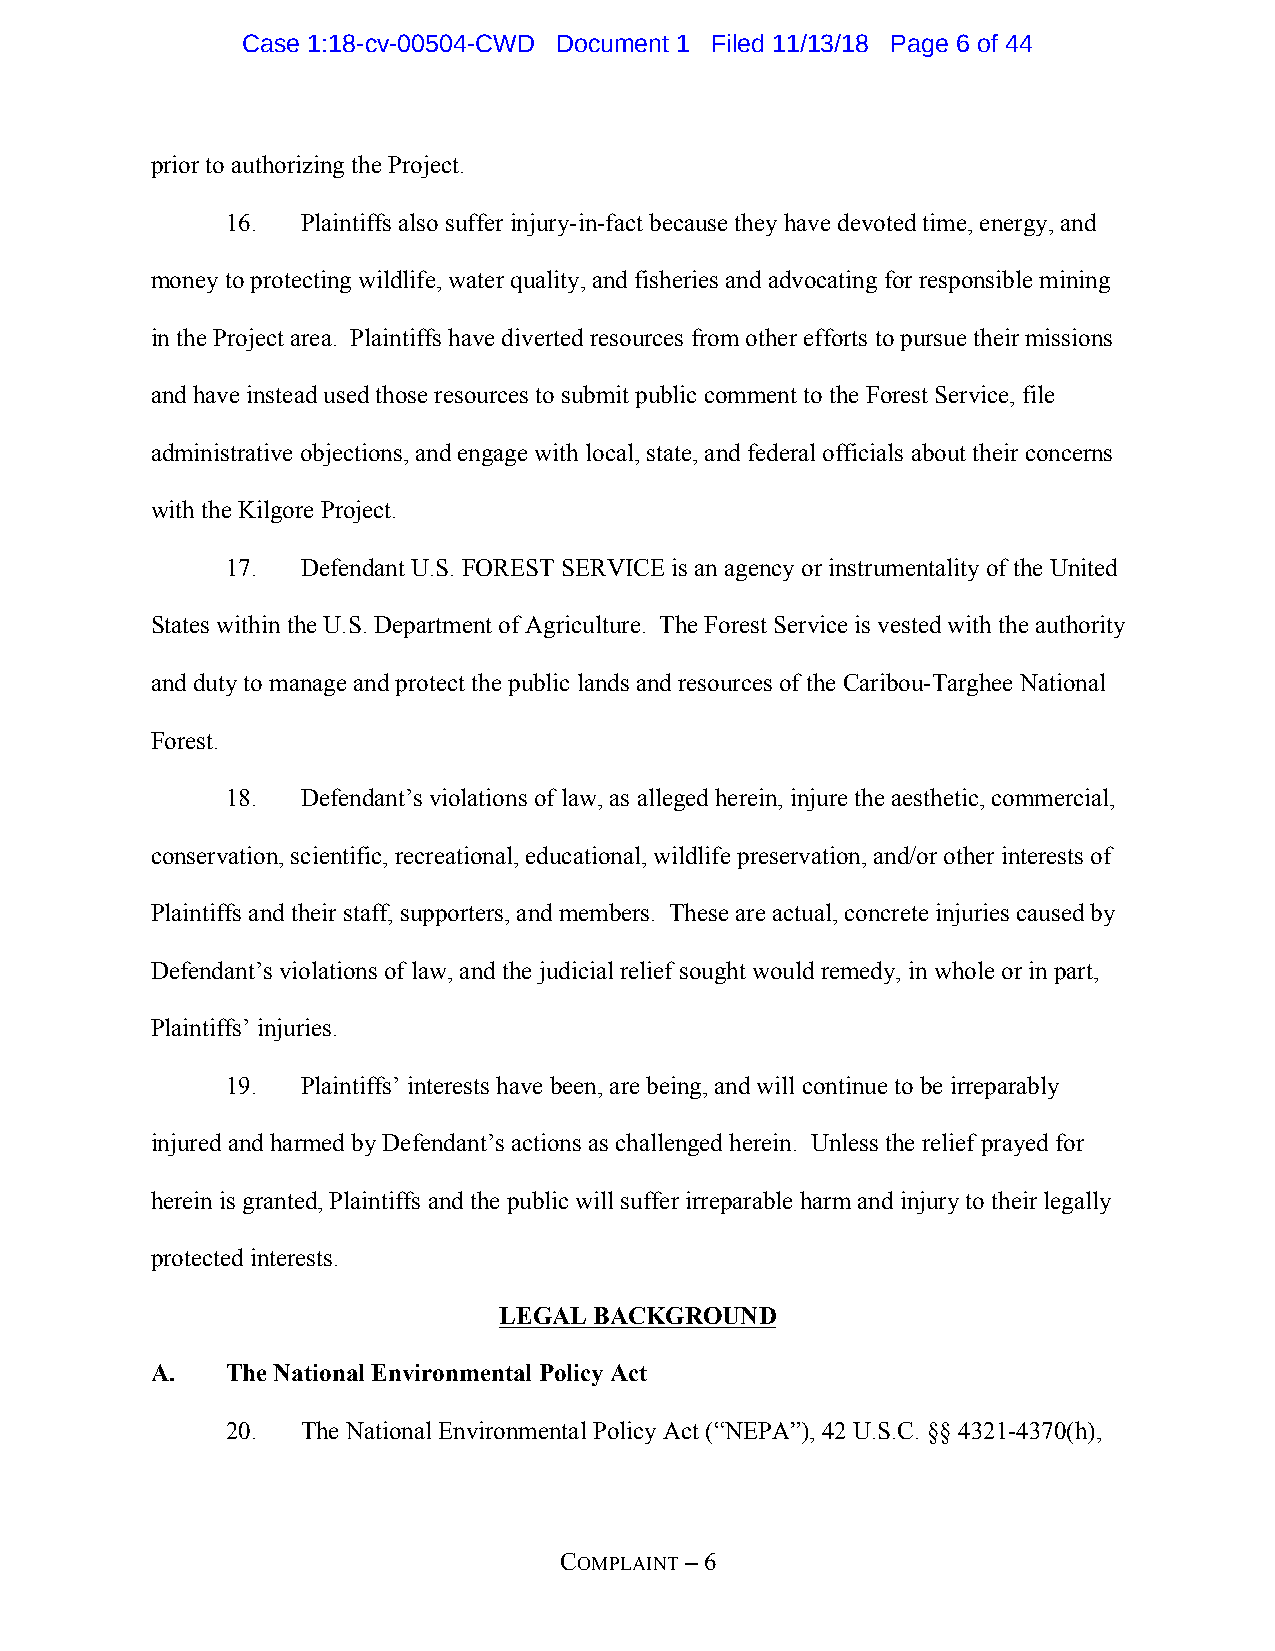
Case 1:18-cv-00504-CWD Document 1 Filed 11/13/18 Page 6 of 44
 prior to authorizing the Project.
 16.  Plaintiffs also suffer injury-in-fact because they have devoted time, energy, and
 money to protecting wildlife, water quality, and fisheries and advocating for responsible mining
 in the Project area. Plaintiffs have diverted resources from other efforts to pursue their missions
 and have instead used those resources to submit public comment to the Forest Service, file
 administrative objections, and engage with local, state, and federal officials about their concerns
 with the Kilgore Project.
 17.  Defendant U.S. FOREST SERVICE is an agency or instrumentality of the United
 States within the U.S. Department of Agriculture. The Forest Service is vested with the authority
 and duty to manage and protect the public lands and resources of the Caribou-Targhee National
 Forest.
 18.  Defendant’s violations of law, as alleged herein, injure the aesthetic, commercial,
 conservation, scientific, recreational, educational, wildlife preservation, and/or other interests of
 Plaintiffs and their staff, supporters, and members. These are actual, concrete injuries caused by
 Defendant’s violations of law, and the judicial relief sought would remedy, in whole or in part,
 Plaintiffs’ injuries.
 19.  Plaintiffs’ interests have been, are being, and will continue to be irreparably
 injured and harmed by Defendant’s actions as challenged herein. Unless the relief prayed for
 herein is granted, Plaintiffs and the public will suffer irreparable harm and injury to their legally
 protected interests.
 LEGAL BACKGROUND
 A.   The National Environmental Policy Act
 20.  The National Environmental Policy Act (“NEPA”), 42 U.S.C. §§ 4321-4370(h),
 COMPLAINT – 6